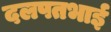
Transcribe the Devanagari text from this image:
दलपतभाई